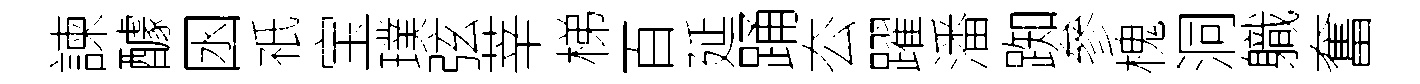
諫醵囦祇宝璞弦莘梯百延踊厺躍潘踟參槐洞軄奮